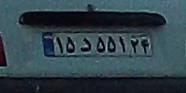
۱۵د۵۵۱۲۴